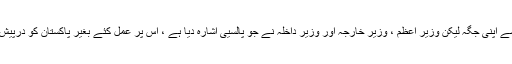
چوہدری نثار علی خان کے اندیشے اپنی جگہ لیکن وزیر اعظم ، وزیر خارجہ اور وزیر داخلہ نے جو پالسیی اشارہ دیا ہے ، اس پر عمل کئے بغیر پاکستان کو درپیش مسائل کا خاتمہ ممکن نہیں ہے۔